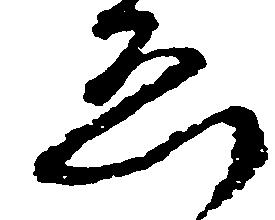
ゑ